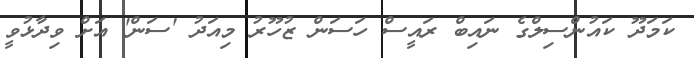
ކަމަދޫ ކައުންސިލްގެ ނައިބް ރައީސް ހަސަން ޒުހޫރު މިއަދު 'ސަން' އަށް ވިދާޅުވީ